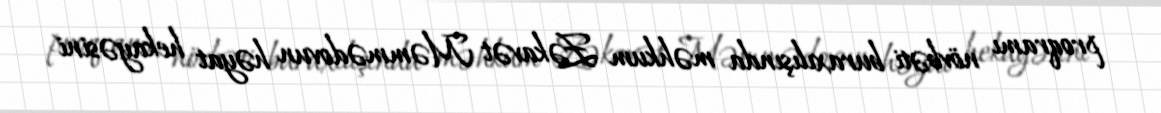
proqramı növbəti buraxılışında məhkum Zəkavət Məmmədovun həyat hekayəsini